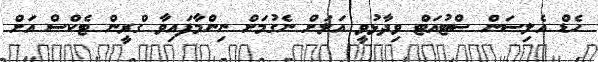
ހެޑް އެލިސަން ސްޓުއަޓް ވިދާޅުވީ އަލަށް ނެގުމަށް ނިންމާފައިވާ ގްރީން ޓެކްސް އަށް